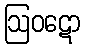
ဩဝဋော